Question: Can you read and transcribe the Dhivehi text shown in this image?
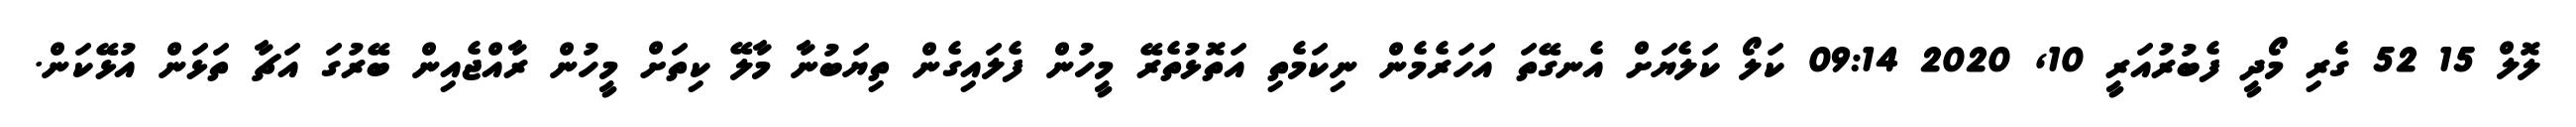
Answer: ލޮލް 15 52 ގެރި މޯދީ ފެބުރުއަރީ 10, 2020 09:14 ކަލޯ ކަލެޔަށް އެނގޭތަ އަހަރެމެން ނިކަމެތި އަތޮޅުތެރޭ މީހުން ފެލައިގެން ތިޔަބުނާ މާލޭ ކިތަށް މީހުން ރާއްޖެއިން ބޭރުގަ އަޗާ ތަޅަން އުޅޭކަން.